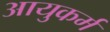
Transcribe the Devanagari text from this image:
आयुकर्म